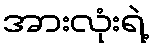
အားလုံးရဲ့